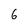
Character: 6